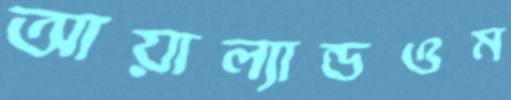
আয়াল্যান্ডওম